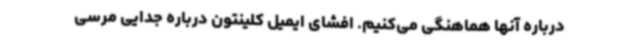
درباره آنها هماهنگی می‌کنیم. افشای ایمیل کلینتون درباره جدایی مرسی